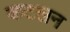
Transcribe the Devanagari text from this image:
कटलन